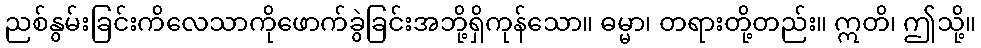
ညစ်နွမ်းခြင်းကိလေသာကိုဖောက်ခွဲခြင်းအဘို့ရှိကုန်သော။ ဓမ္မာ၊ တရားတို့တည်း။ ဣတိ၊ ဤသို့။